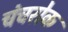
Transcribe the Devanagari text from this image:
चंचरोक